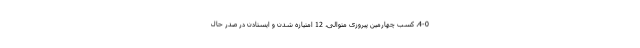
4-0، کسب چهارمین پیروزی متوالی، 12 امتیازه شدن و ایستادن در صدر حال